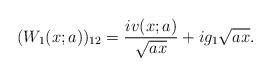
LaTeX: \begin{align*} (W_{1}(x;a))_{12} = \frac{i v(x;a)}{\sqrt{ax}} + i g_{1}\sqrt{ax}.\end{align*}